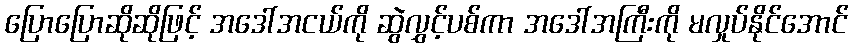
ပြောပြောဆိုဆိုဖြင့် အဒေါ်အငယ်ကို ဆွဲလွှင့်ပစ်ကာ အဒေါ်အကြီးကို မလှုပ်နိုင်အောင်